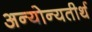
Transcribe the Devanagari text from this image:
अन्योन्यतीर्थ